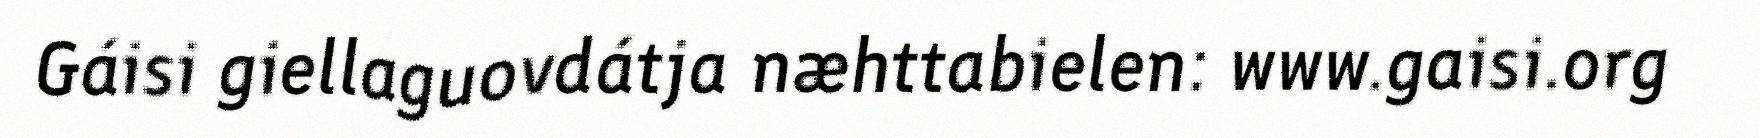
Gáisi giellaguovdátja næhttabielen: www.gaisi.org